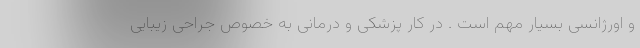
و اورژانسی بسیار مهم است . در کار پزشکی و درمانی به خصوص جراحی زیبایی